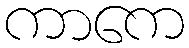
ကာကေ